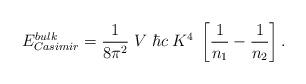
LaTeX: \begin{align*}E^{\small bulk}_{\small Casimir} = {1\over8\pi^2} \; V \; \hbar c \; K^4 \;\left[{1\over n_1} - {1\over n_2} \right].\end{align*}